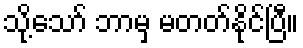
သို့သော် ဘာမှ မတတ်နိုင်ပြီ။